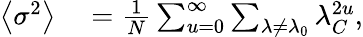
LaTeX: \begin{array}{rl}{\left\langle\sigma^{2}\right\rangle}&{{}=\frac{1}{N}\sum_{u=0}^{\infty}\sum_{\lambda\neq\lambda_{0}}{\lambda_{C}^{2u}},}\end{array}